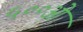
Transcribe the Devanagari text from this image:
५००ओ